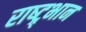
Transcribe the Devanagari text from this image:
राष्ट्र्भान